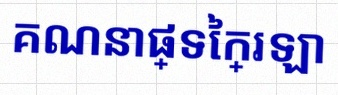
គណនាផ្ទៃក្រឡា